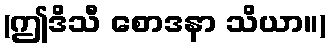
(ဤဒိသီ စောဒနာ သိယာ။)